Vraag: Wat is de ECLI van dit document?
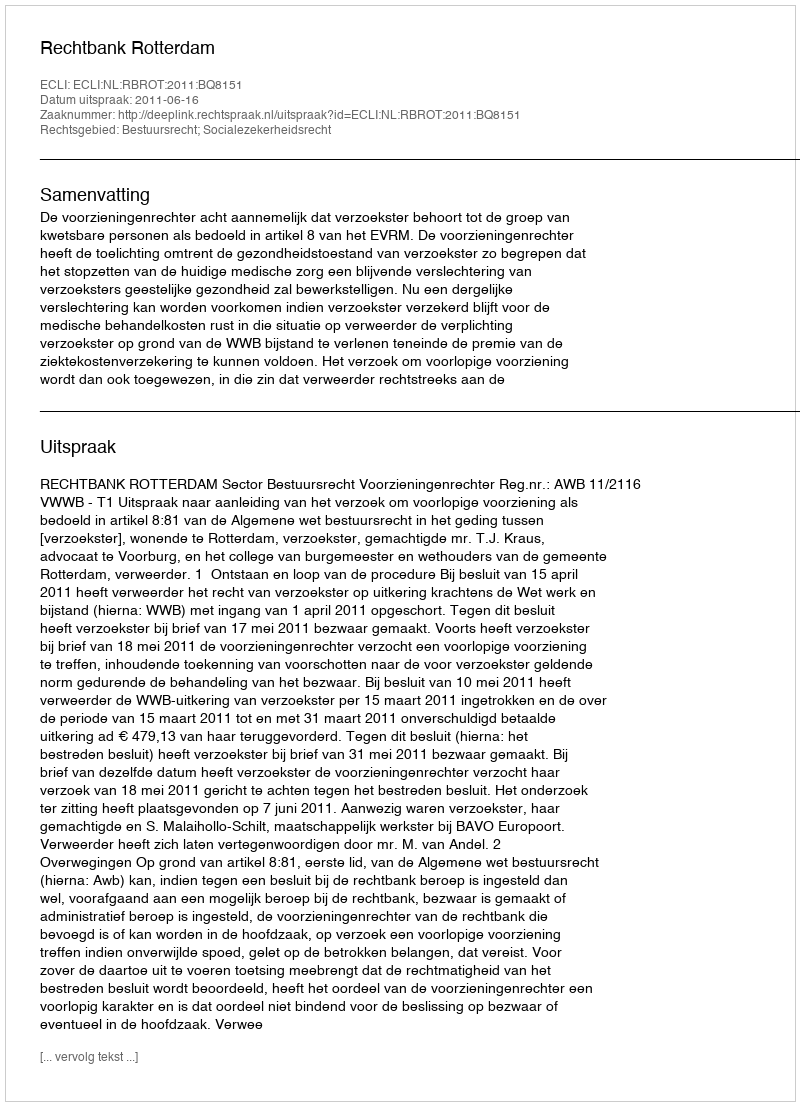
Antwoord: ECLI:NL:RBROT:2011:BQ8151